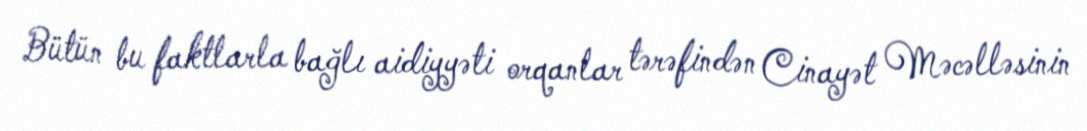
Bütün bu faktlarla bağlı aidiyyəti orqanlar tərəfindən Cinayət Məcəlləsinin